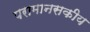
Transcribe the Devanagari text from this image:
परामानसकीय